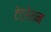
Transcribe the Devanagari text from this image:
टेट्रेशन